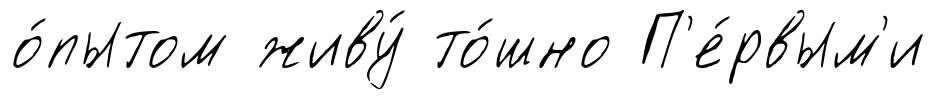
о́пытом живу́ то́шно П'е́рвым'и